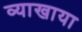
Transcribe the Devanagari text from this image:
व्याखाया